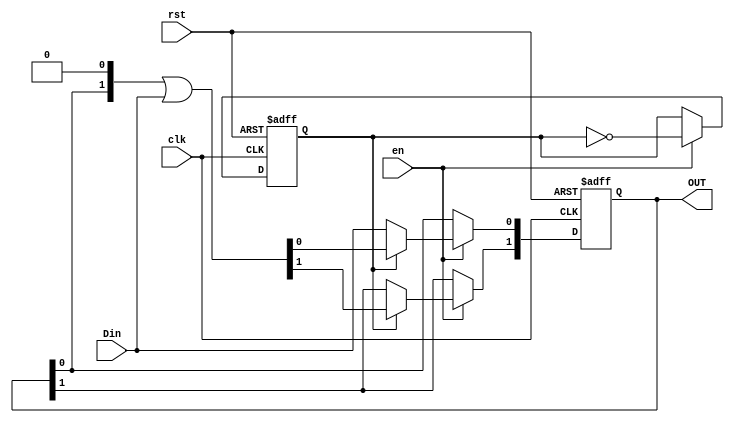
module SPC(clk, rst, en, Din, OUT);
input clk, rst, en;
input Din;
output reg [1:0] OUT;
//
reg swap;

// Swap signal
always @(posedge clk or posedge rst) begin
	if (rst) begin
	    swap <= 1'd0;
	end
	else if(en) begin
		swap <= ~swap;
	end
	else begin
		swap <= swap;
	end
end

// Output parallel signal
always @(posedge clk or posedge rst) begin
	if (rst) begin
	    OUT <= 2'd0;
	end
	else if(en) begin
		if(!swap) OUT[0] <= Din;
		else OUT <= (OUT << 1) | Din;
	end
	else begin
		OUT <= OUT;
	end
end

endmodule